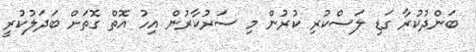
ބަންދުކުރާ ގަޑި ލަސްކުރި ކުރުން މި ސަރުކާރުން އިހު އޮތް ގޮތަށް ބަދަލުކުރީ